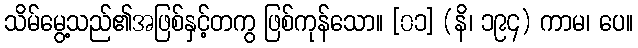
သိမ်မွေ့သည်၏အဖြစ်နှင့်တကွ ဖြစ်ကုန်သော။ [၀၁] (နိ၊ ၁၉၄) ကာမ၊ ပေ။